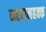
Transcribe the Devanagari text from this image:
मतदानहक्क